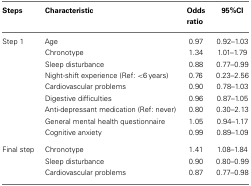
<table><thead><tr><td><b>Steps</b></td><td><b>Characteristic</b></td><td><b>Odds ratio</b></td><td><b>95%CI</b></td></tr></thead><tbody><tr><td>Step 1</td><td>Age</td><td>0.97</td><td>0.92–1.03</td></tr><tr><td></td><td>Chronotype</td><td>1.34</td><td>1.01–1.79</td></tr><tr><td></td><td>Sleep disturbance</td><td>0.88</td><td>0.77–0.99</td></tr><tr><td></td><td>Night-shift experience (Ref: &lt;6 years)</td><td>0.76</td><td>0.23–2.56</td></tr><tr><td></td><td>Cardiovascular problems</td><td>0.90</td><td>0.78–1.03</td></tr><tr><td></td><td>Digestive difficulties</td><td>0.96</td><td>0.87–1.05</td></tr><tr><td></td><td>Anti-depressant medication (Ref: never)</td><td>0.80</td><td>0.30–2.13</td></tr><tr><td></td><td>General mental health questionnaire</td><td>1.05</td><td>0.94–1.17</td></tr><tr><td></td><td>Cognitive anxiety</td><td>0.99</td><td>0.89–1.09</td></tr><tr><td>Final step</td><td>Chronotype</td><td>1.41</td><td>1.08–1.84</td></tr><tr><td></td><td>Sleep disturbance</td><td>0.90</td><td>0.80–0.99</td></tr><tr><td></td><td>Cardiovascular problems</td><td>0.87</td><td>0.77–0.98</td></tr></tbody></table>